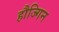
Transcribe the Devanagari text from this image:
हौज्गिन